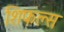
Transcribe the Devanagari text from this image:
शिफल्स